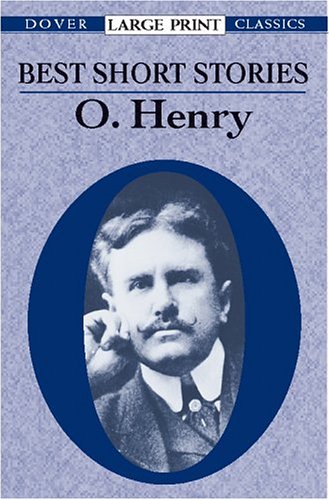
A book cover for Best Short Stories (Dover Large Print Classics); O. Henry; Mystery, Thriller & Suspense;